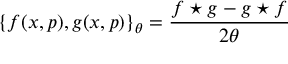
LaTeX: \{ f ( x , p ) , g ( x , p ) \} _ { \theta } = \frac { f \star g - g \star f } { 2 \theta }